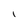
Character: 1